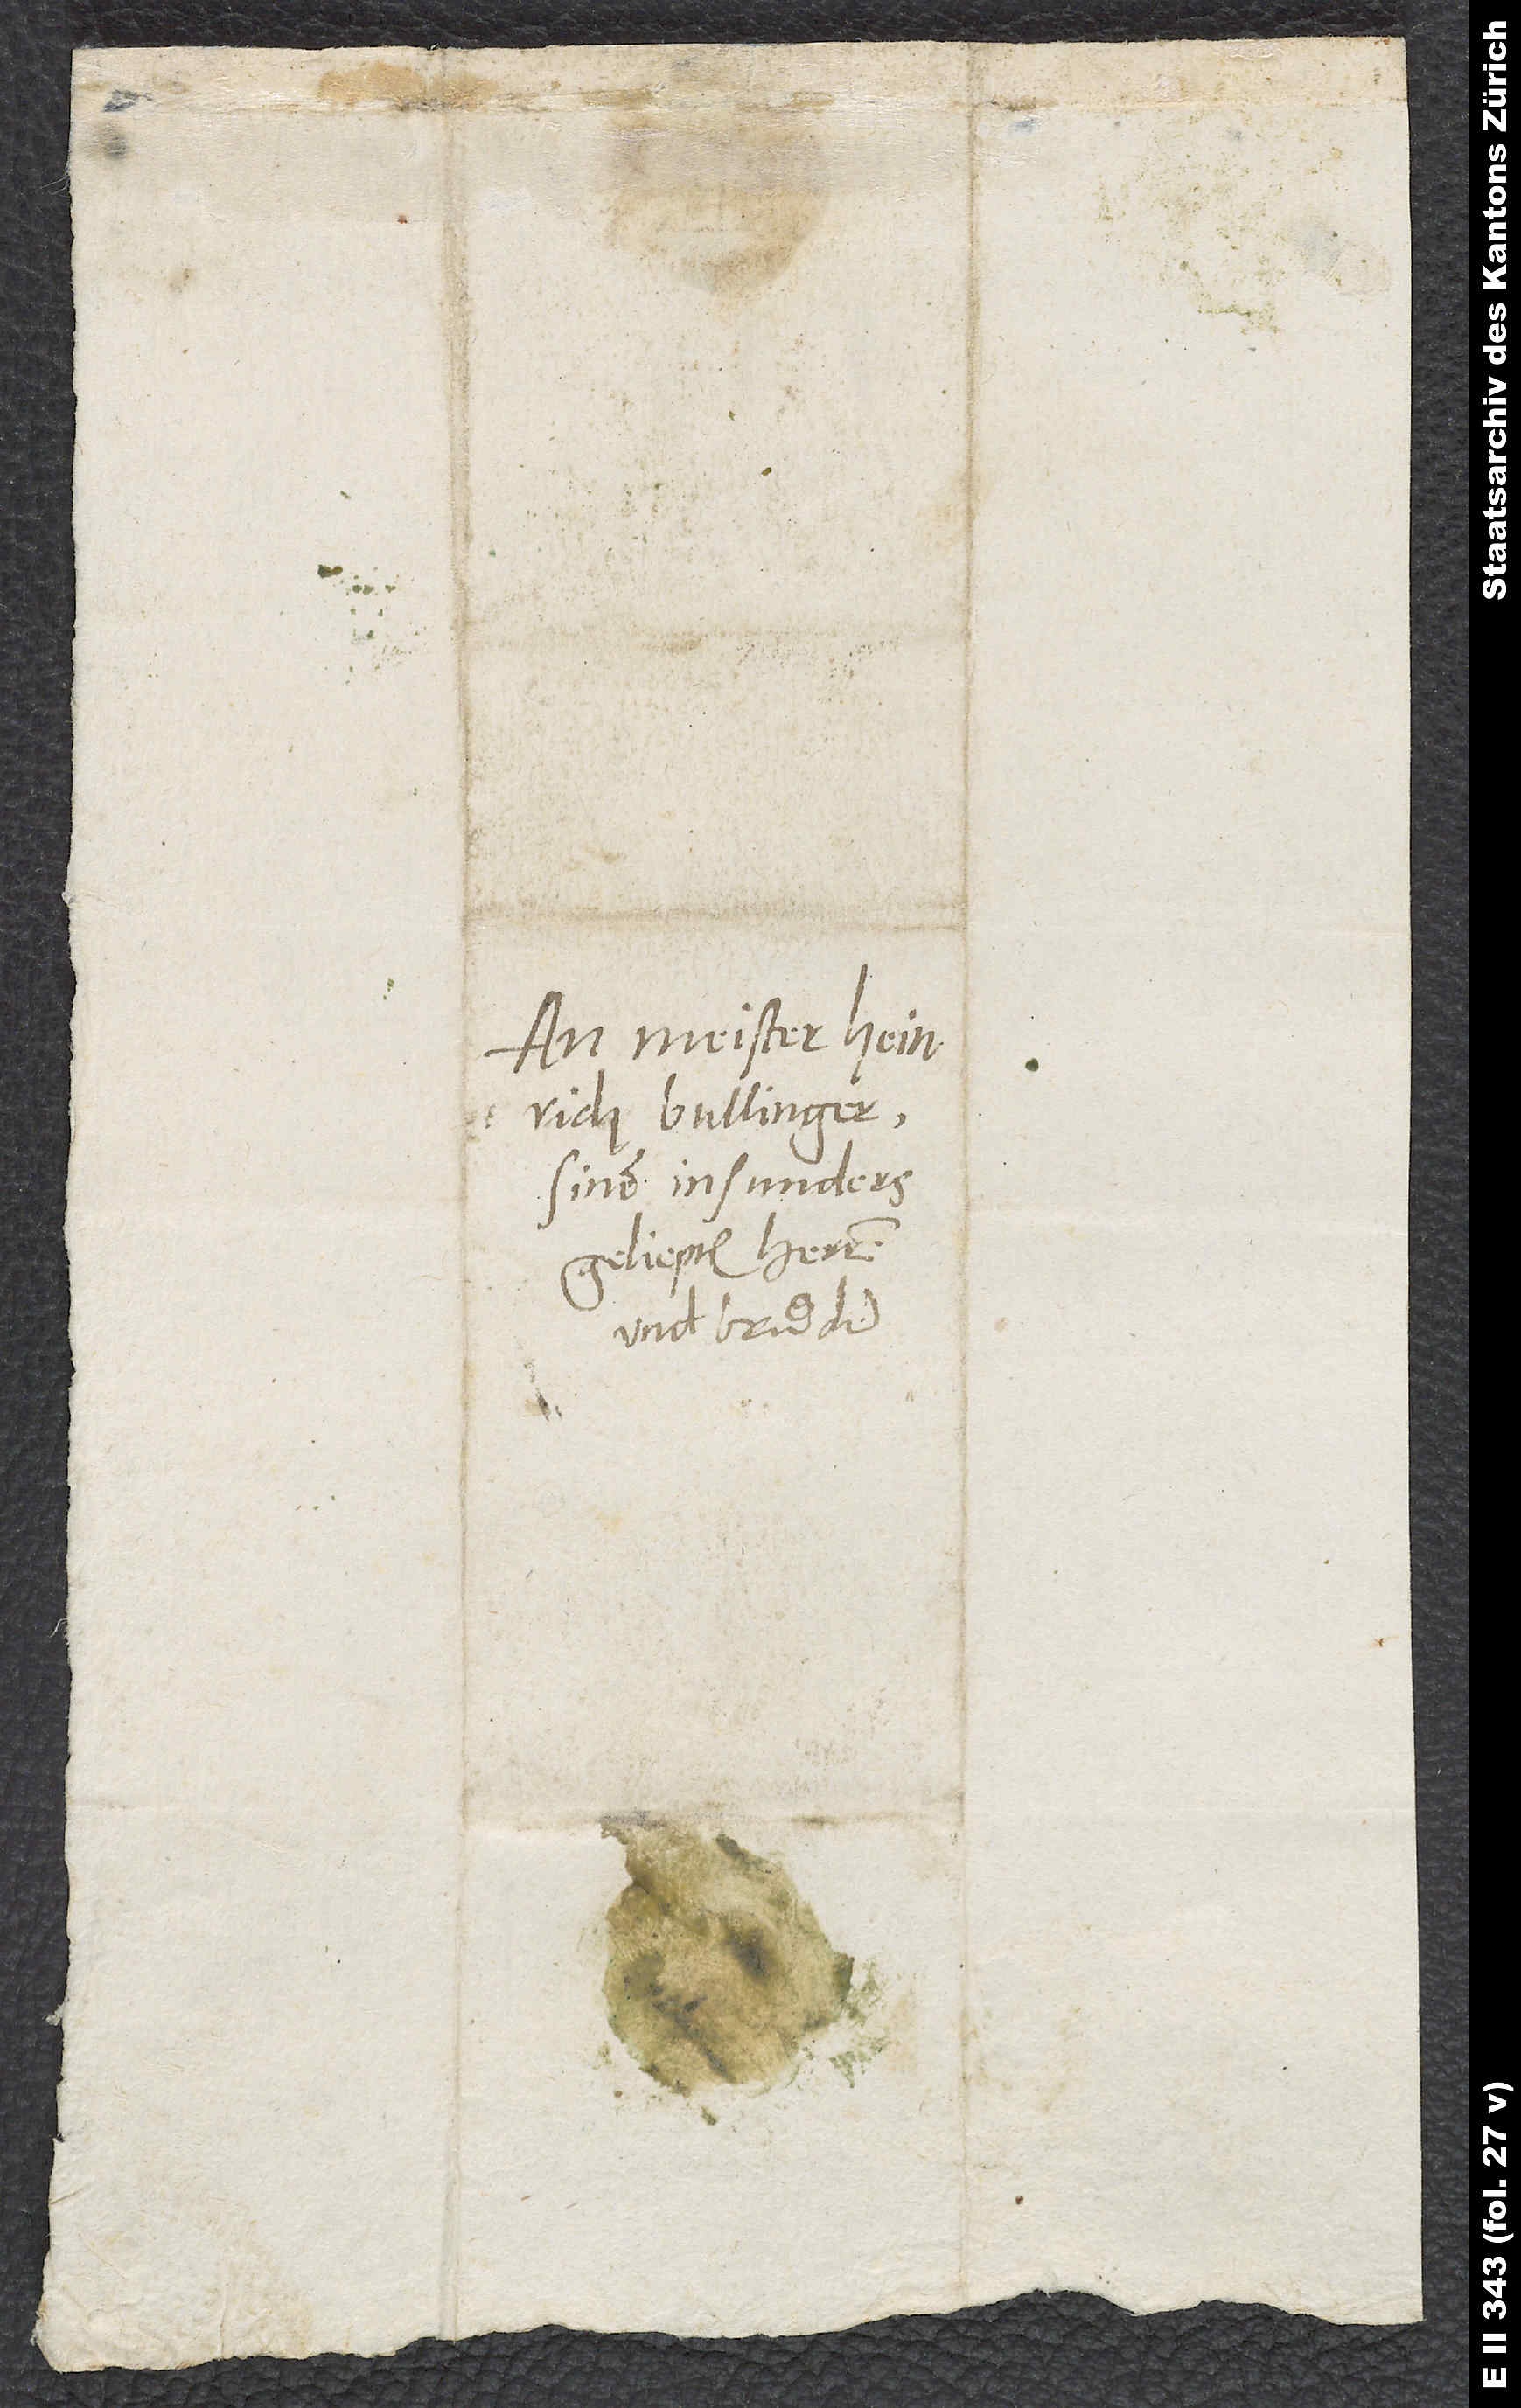
An Meister Heinrich
Bullinger,
sinem insunders
geliepten herren
und bruͦder.